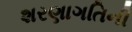
શરણાગતિની